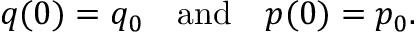
q ( 0 ) = q _ { 0 } \quad \mathrm { a n d } \quad p ( 0 ) = p _ { 0 } .